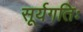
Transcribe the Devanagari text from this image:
सूर्यगतिः